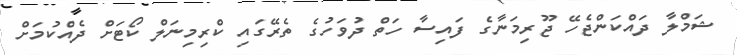
ޝަމްލާ ދައްކަންޖެހޭ ޖޫރިމަނާގެ ފައިސާ ހަތް ދުވަހުގެ ތެރޭގައި ކްރިމިނަލް ކޯޓަށް ދެއްކުމަށް